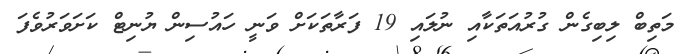
މަތިބް ލިބިގެން ގުރުއަތަކާއި ނުލައި 19 ފަރާތަކަށް ވަނީ ހައުސިން ޔުނިޓް ކަށަވަރުވެފަ